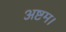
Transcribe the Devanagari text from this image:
अष्टम।